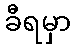
ခီရမှာ